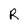
Character: R